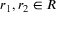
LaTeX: r _ { 1 } , r _ { 2 } \in R